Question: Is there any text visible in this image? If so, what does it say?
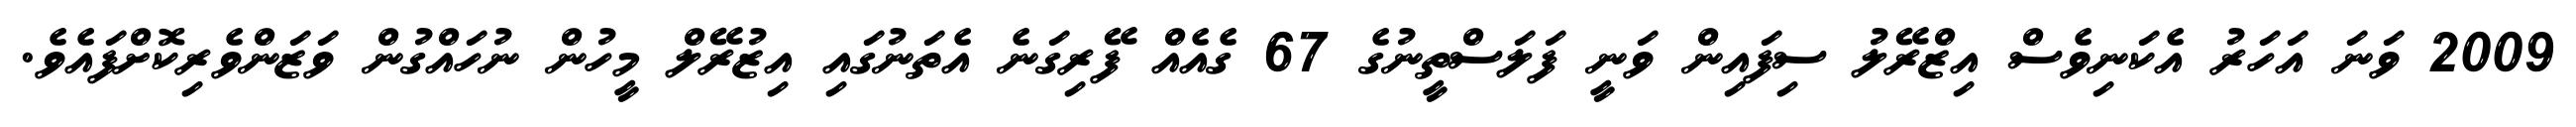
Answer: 2009 ވަނަ އަހަރު އެކަނިވެސް އިޒްރޭލު ސިފައިން ވަނީ ފަލަސްތީނުގެ 67 ގެއެއް ފޭރިގަނެ އެތަނުގައި އިޒުރޭލް މީހުން ނުހައްގުން ވަޒަންވެރިކޮށްފައެވެ.